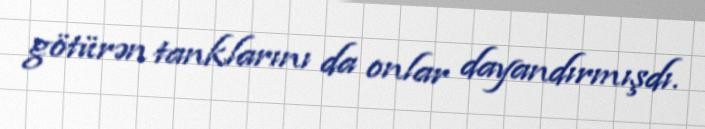
götürən tanklarını da onlar dayandırmışdı.